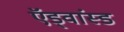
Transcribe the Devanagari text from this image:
ऍड्वांस्ड